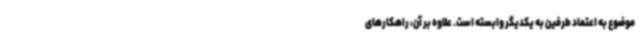
موضوع به اعتماد طرفین به یکدیگر وابسته است. علاوه بر آن، راهکارهای